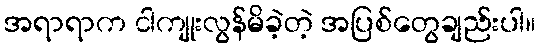
အရာရာက ငါကျုးလွန်မိခဲ့တဲ့ အပြစ်တွေချည်းပါ။